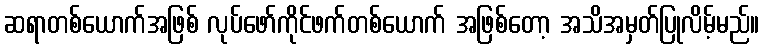
ဆရာတစ်ယောက်အဖြစ် လုပ်ဖော်ကိုင်ဖက်တစ်ယောက် အဖြစ်တော့ အသိအမှတ်ပြုလိမ့်မည်။